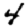
Digit: 4